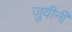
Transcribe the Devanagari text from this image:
जुवीनी